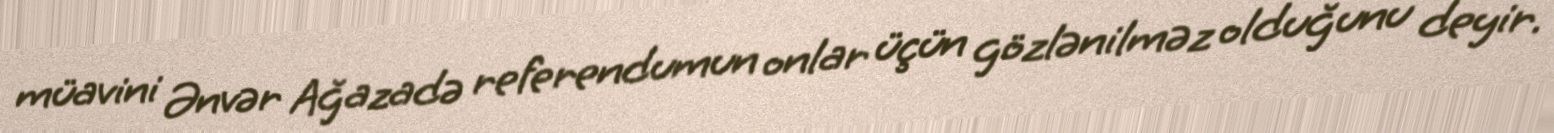
müavini Ənvər Ağazadə referendumun onlar üçün gözlənilməz olduğunu deyir.